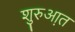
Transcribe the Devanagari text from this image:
शुरुआ़त